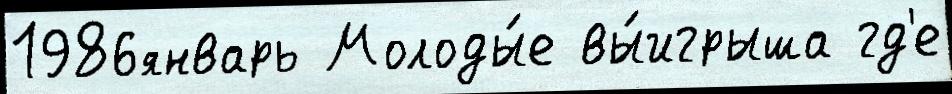
1986январь Молоды́е вы́игрыша гд'е